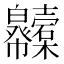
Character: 𢆇